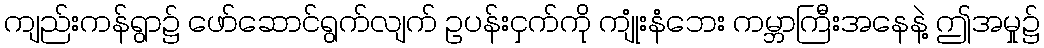
ကျည်းကန်ရွာ၌ ဖော်ဆောင်ရွက်လျက် ဥပန်းငှက်ကို ကျုံးနံဘေး ကမ္ဘာကြီးအနေနဲ့ ဤအမှု၌